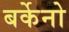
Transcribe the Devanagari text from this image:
बर्केनो